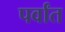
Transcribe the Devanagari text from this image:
पर्वांत